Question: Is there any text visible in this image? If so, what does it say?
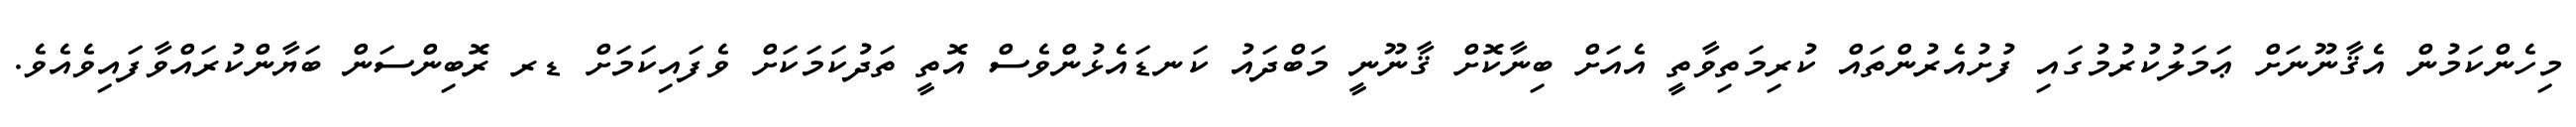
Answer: މިހެންކަމުން އެޤާނޫނަށް ޢަމަލުކުރުމުގައި ފުށުއެރުންތައް ކުރިމަތިވާތީ އެއަށް ބިނާކޮށް ޤާނޫނީ މަބްދައު ކަނޑައެޅުންވެސް އޮތީ ތަދުކަމަކަށް ވެފައިކަމަށް ޑރ ރޮބިންސަން ބަޔާންކުރައްވާފައިވެއެވެ.